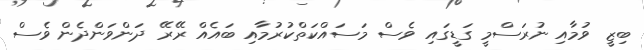
ބިޒީ ވުމާއި ނުރަސްމީ ގަޑީގައި ވެސް މަސައްކަތްކުރުމާއި ބައެއް ރޭރޭ ދަންވަންދެން ވެސް